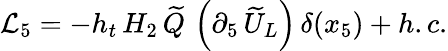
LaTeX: \mathcal{L}_{5}=-h_{t}\, H_{2}\, \widetilde{Q}\, \left(\partial_{5}\, \widetilde{U}_{L}\right)\, \delta(x_{5})+h.c.